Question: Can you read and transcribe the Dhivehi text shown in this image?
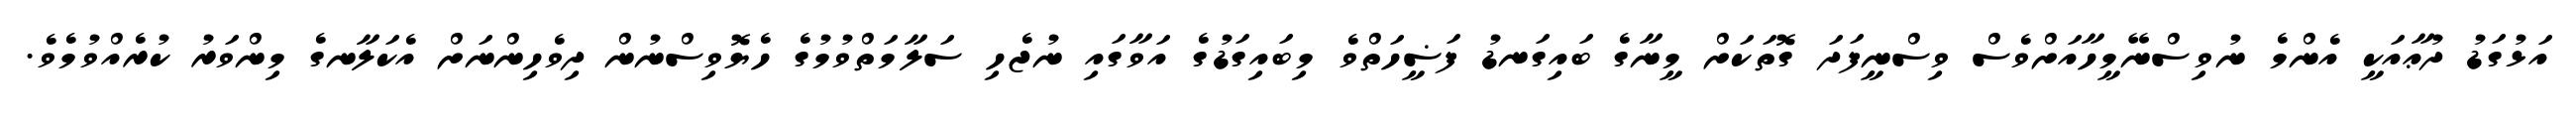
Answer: އަޅުގަޑު ދުޢާއަކީ އެންމެ ނުވިސްނޭމީހާއަށްވެސް ވިސްނީފަދަ ގޮތަކަށް މީނާގެ ބައިގަނޑު ފަޟީހަތްވެ މިބައިގަޑުގެ އަވާގައި ނުޖެހި ސަލާމަތްވުމުގެ ހެޔޮވިސްނުން ދިވެހިންނަށް އެކަލާނގެ މިންވަރު ކުރެއްވުމެވެ.